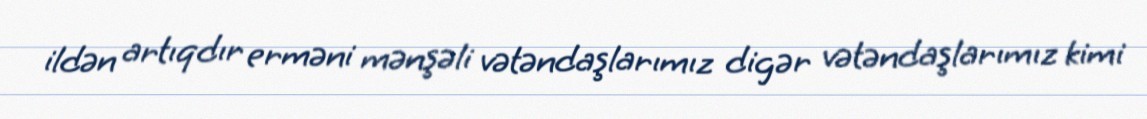
ildən artıqdır erməni mənşəli vətəndaşlarımız digər vətəndaşlarımız kimi